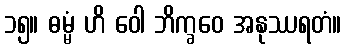
၁၅။ ဓမ္မံ ဟိ ဝေါ ဘိက္ခဝေ အနုဿရတံ။